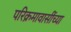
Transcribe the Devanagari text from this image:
परिक्रमावासींच्या